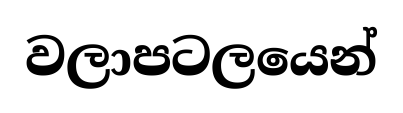
වලාපටලයෙන්